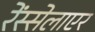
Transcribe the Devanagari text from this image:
रेंस्सेलाएर